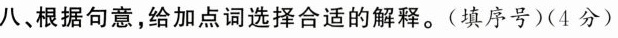
八、根据句意，给加点词选择合适的解释。(填序号)(4分)